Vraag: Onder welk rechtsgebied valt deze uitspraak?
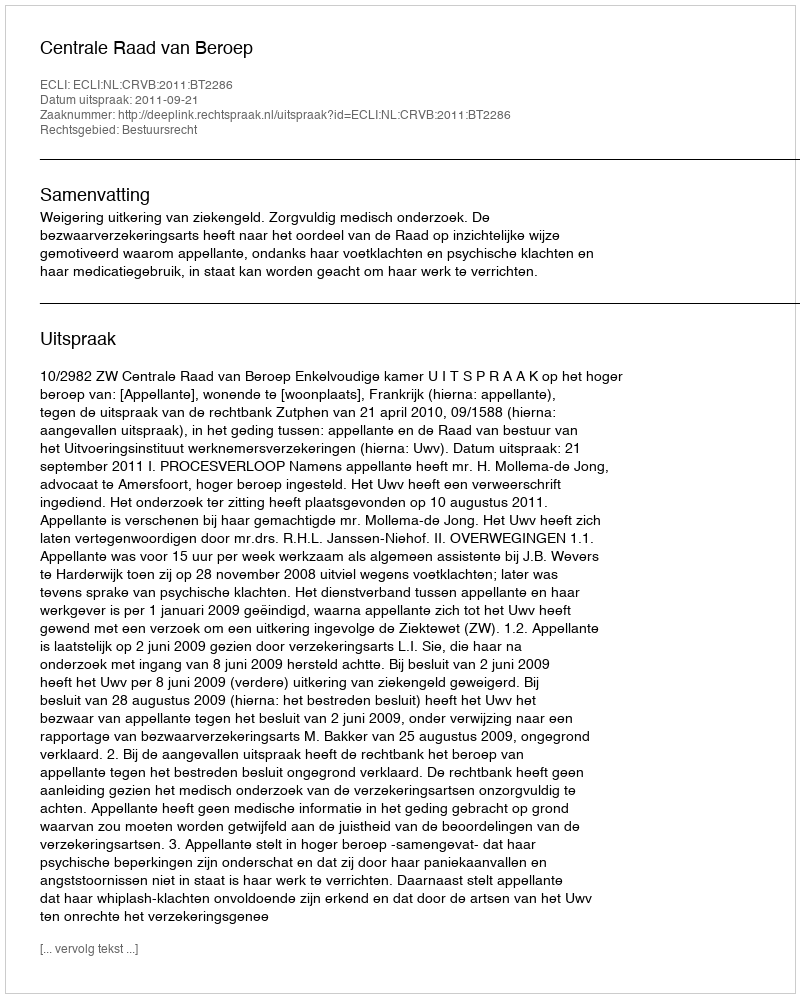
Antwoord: Bestuursrecht